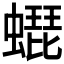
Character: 𧑜